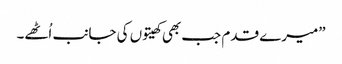
”میرے قدم جب بھی کھیتوں کی جانب اُٹھے۔